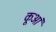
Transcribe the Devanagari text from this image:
कूआं